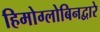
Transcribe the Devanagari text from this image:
हिमोग्लोबिनद्वारे